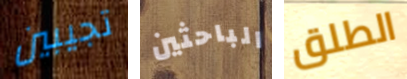
تجيبين الباحثين الطلق